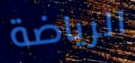
الرياضة